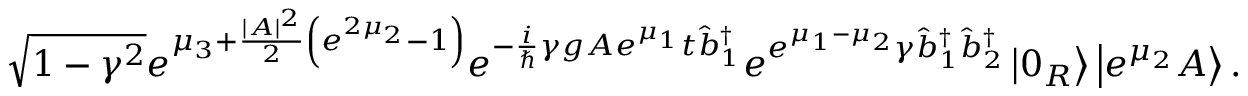
\sqrt { 1 - \gamma ^ { 2 } } e ^ { \mu _ { 3 } + \frac { | A | ^ { 2 } } { 2 } \left( e ^ { 2 \mu _ { 2 } } - 1 \right) } e ^ { - \frac { i } { \hslash } \gamma g A e ^ { \mu _ { 1 } } t \hat { b } _ { 1 } ^ { \dagger } } e ^ { e ^ { \mu _ { 1 } - \mu _ { 2 } } \gamma \hat { b } _ { 1 } ^ { \dagger } \hat { b } _ { 2 } ^ { \dagger } } \left\vert 0 _ { R } \right\rangle \left\vert e ^ { \mu _ { 2 } } A \right\rangle .